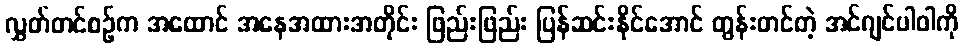
လွှတ်တင်စဉ်က အထောင် အနေအထားအတိုင်း ဖြည်းဖြည်း ပြန်ဆင်းနိုင်အောင် တွန်းတင်တဲ့ အင်ဂျင်ပါဝါကို